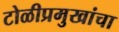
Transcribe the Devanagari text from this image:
टोळीप्रमुखांचा